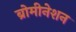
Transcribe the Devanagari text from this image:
ब्रोमीनेशन